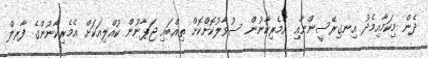
ދެން މިކަމާއިމެދު އިނގިރޭސީންނާއި އެމެރިކާނުން ސުވާލުކޮށްކޮށް ތިއްބައި ޖަޕާނުން ކުއްލިއަކަށް އެމެރިކާނުންގެ ފާރލް